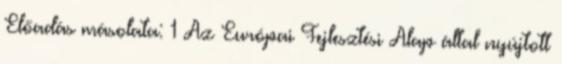
Előadás másolata: 1 Az Európai Fejlesztési Alap által nyújtott